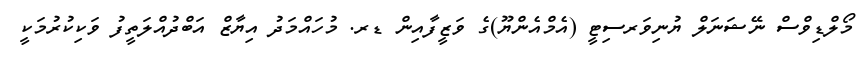
މޯލްޑިވްސް ނޭޝަނަލް ޔުނިވަރސިޓީ (އެމްއެންޔޫ)ގެ ވަޒީފާއިން ޑރ. މުހައްމަދު އިޔާޒް އަބްދުއްލަތީފު ވަކިކުރުމަކީ